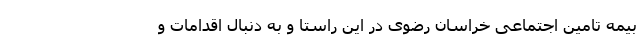
بیمه تامین اجتماعی خراسان رضوی در این راستا و به دنبال اقدامات و